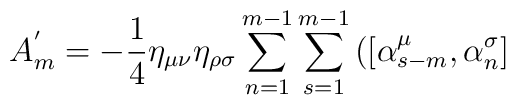
A_m^{'} =- \frac {1} {4} {\eta}_{\mu \nu} {\eta}_{\rho \sigma}\sum\limits_{n=1}^{m-1} \sum\limits_{s=1}^{m-1} \left( \left[{\alpha}_{s-m}^{\mu}, {\alpha}_n^{\sigma} \right] \right.